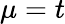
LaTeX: \mu=t